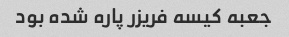
جعبه کیسه فریزر پاره شده بود